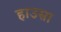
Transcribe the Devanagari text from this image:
हाउसा